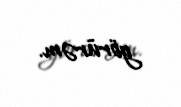
görürəm.